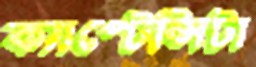
ক্যাপ্টেন্সিটা